65_HS1-834228961_62-HQ-83894_Section_3
Agency: FBI
Page 64
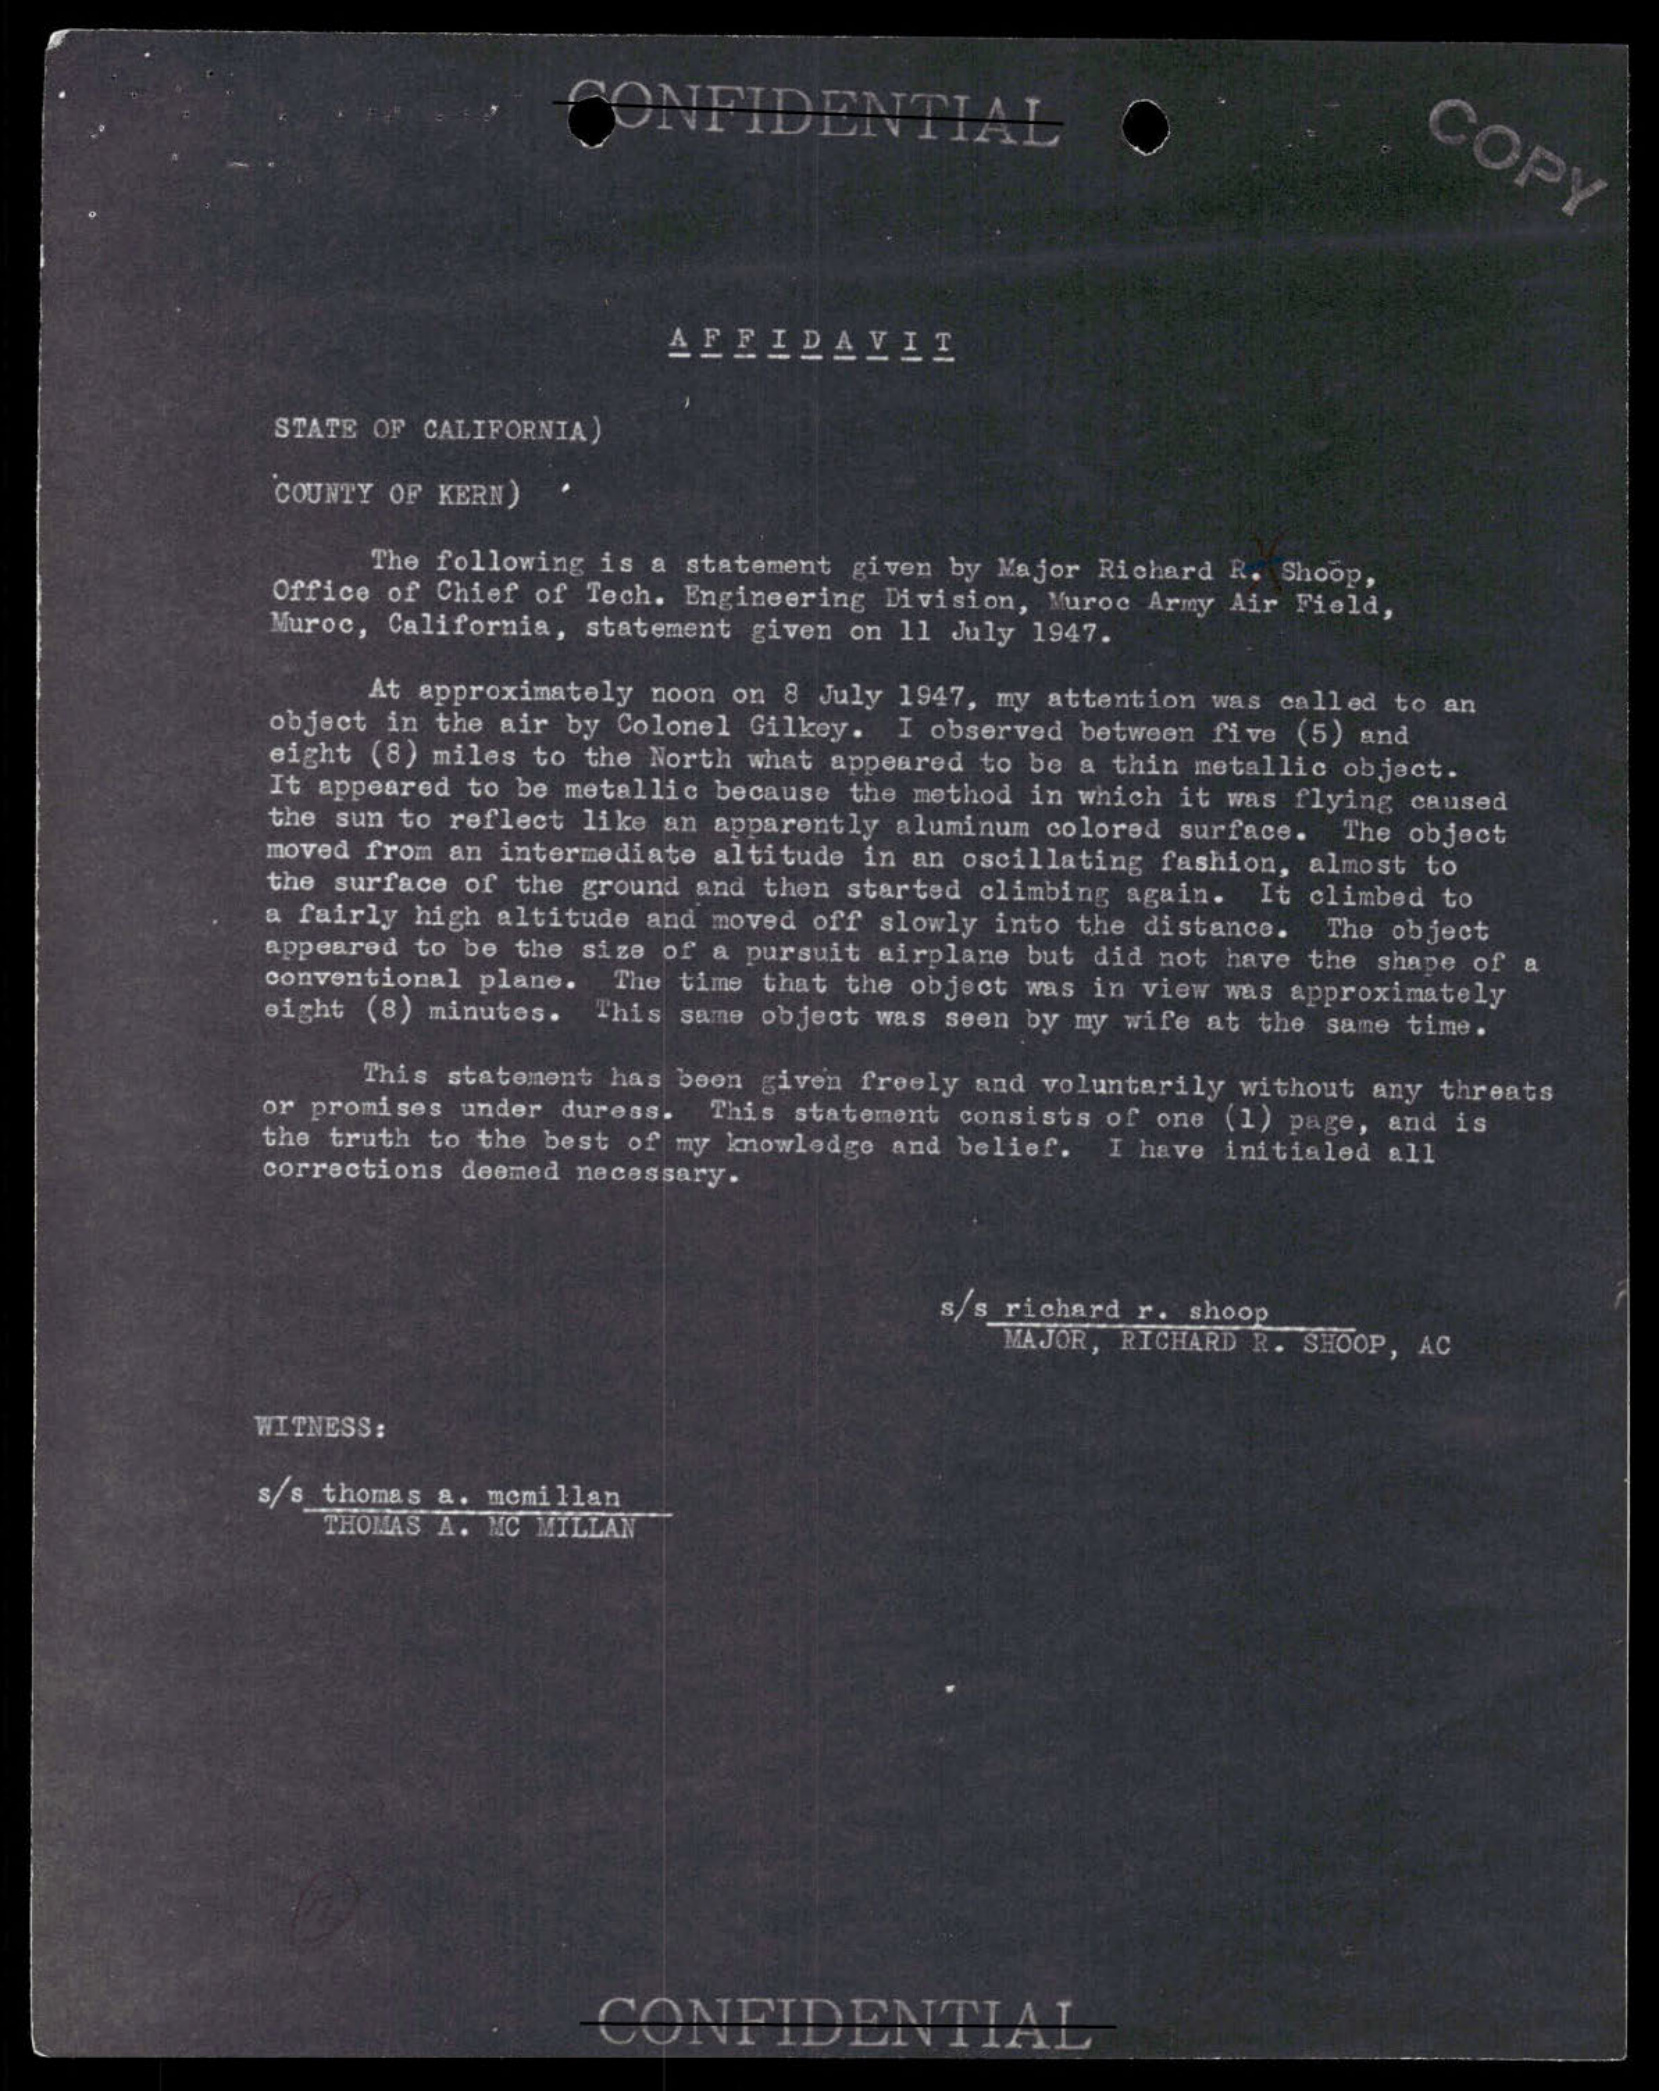